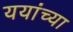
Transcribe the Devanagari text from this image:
ययांच्या